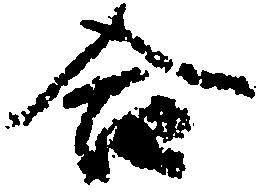
合